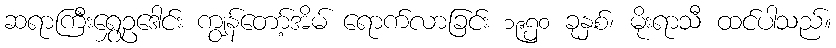
ဆရာကြီးရွှေဥဒေါင်း ကျွန်တော့်အိမ် ရောက်လာခြင်း ၁၉၅၀ ခုနှစ်၊ မိုးရာသီ ထင်ပါသည်။